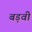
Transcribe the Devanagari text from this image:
बड़वी